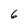
Character: 6